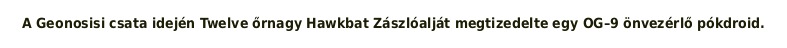
A Geonosisi csata idején Twelve őrnagy Hawkbat Zászlóalját megtizedelte egy OG–9 önvezérlő pókdroid.